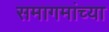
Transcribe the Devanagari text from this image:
समागमांच्या